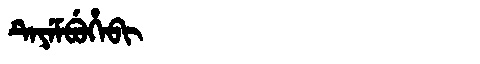
Manchu: ᡨᡝᠶᡝᠮᠪᡠᡥᡝᠪᡳ
Romanization: TEYEMBUHEBI